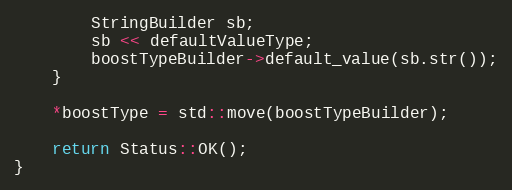
Language: C++
        StringBuilder sb;
        sb << defaultValueType;
        boostTypeBuilder->default_value(sb.str());
    }

    *boostType = std::move(boostTypeBuilder);

    return Status::OK();
}